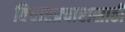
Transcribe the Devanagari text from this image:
विचारप्रचारासाठी